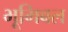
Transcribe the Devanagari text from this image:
भूमिबल